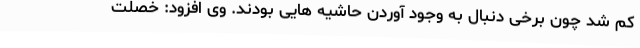
کم شد چون برخی دنبال به وجود آوردن حاشیه هایی بودند. وی افزود: خصلت